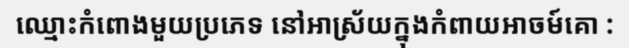
ឈ្មោះកំពោងមួយប្រភេទ នៅអាស្រ័យក្នុងកំពាយអាចម៍គោ :